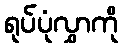
ရုပ်ပုံလွှာကို